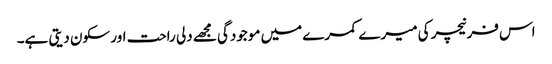
اس فرنیچر کی میرے کمرے میں موجودگی مجھے دلی راحت اور سکون دیتی ہے۔